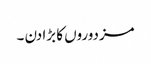
مزدوروں کا بڑا دن ۔